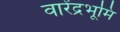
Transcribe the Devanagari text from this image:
वारेंद्रभूमि